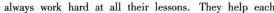
always work hard at all their lessons.They help each